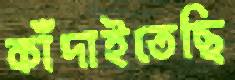
কাঁদাইতেছি